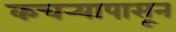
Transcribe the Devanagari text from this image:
कचर्‍यापासून